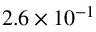
2 . 6 \times 1 0 ^ { - 1 }